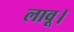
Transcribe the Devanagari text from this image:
लावू।